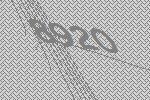
8920